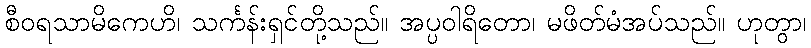
စီဝရသာမိကေဟိ၊ သင်္ကန်းရှင်တို့သည်။ အပ္ပဝါရိတော၊ မဖိတ်မံအပ်သည်။ ဟုတွာ၊